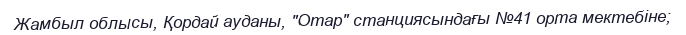
Жамбыл облысы, Қордай ауданы, "Отар" станциясындағы №41 орта мектебіне;